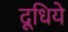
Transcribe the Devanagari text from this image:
दूधिये